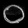
Digit: ၀